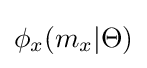
\phi _{x}(m_{x}|\Theta )